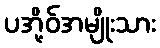
ပအို့ဝ်အမျိုးသား